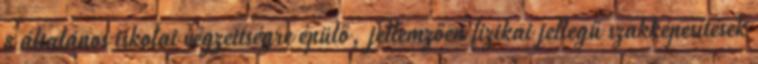
8 általános iskolai végzettségre épülő, jellemzően fizikai jellegű szakképesítések